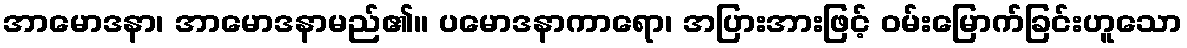
အာမောဒနာ၊ အာမောဒနာမည်၏။ ပမောဒနာကာရော၊ အပြားအားဖြင့် ဝမ်းမြောက်ခြင်းဟူသော